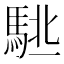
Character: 𱄙